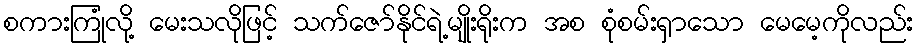
စကားကြုံလို့ မေးသလိုဖြင့် သက်ဇော်နိုင်ရဲ့မျိုးရိုးက အစ စုံစမ်းရှာသော မေမေ့ကိုလည်း